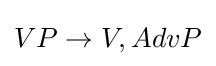
VP\rightarrow V,AdvP